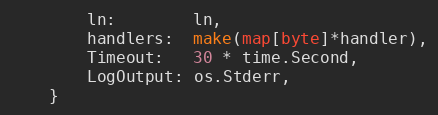
Language: Go
		ln:        ln,
		handlers:  make(map[byte]*handler),
		Timeout:   30 * time.Second,
		LogOutput: os.Stderr,
	}